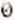
0